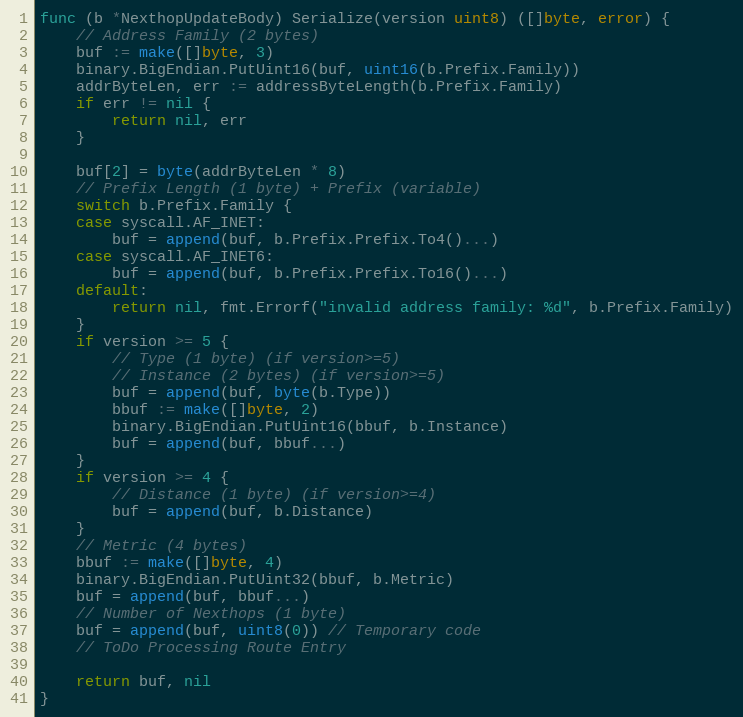
Language: Go
func (b *NexthopUpdateBody) Serialize(version uint8) ([]byte, error) {
	// Address Family (2 bytes)
	buf := make([]byte, 3)
	binary.BigEndian.PutUint16(buf, uint16(b.Prefix.Family))
	addrByteLen, err := addressByteLength(b.Prefix.Family)
	if err != nil {
		return nil, err
	}

	buf[2] = byte(addrByteLen * 8)
	// Prefix Length (1 byte) + Prefix (variable)
	switch b.Prefix.Family {
	case syscall.AF_INET:
		buf = append(buf, b.Prefix.Prefix.To4()...)
	case syscall.AF_INET6:
		buf = append(buf, b.Prefix.Prefix.To16()...)
	default:
		return nil, fmt.Errorf("invalid address family: %d", b.Prefix.Family)
	}
	if version >= 5 {
		// Type (1 byte) (if version>=5)
		// Instance (2 bytes) (if version>=5)
		buf = append(buf, byte(b.Type))
		bbuf := make([]byte, 2)
		binary.BigEndian.PutUint16(bbuf, b.Instance)
		buf = append(buf, bbuf...)
	}
	if version >= 4 {
		// Distance (1 byte) (if version>=4)
		buf = append(buf, b.Distance)
	}
	// Metric (4 bytes)
	bbuf := make([]byte, 4)
	binary.BigEndian.PutUint32(bbuf, b.Metric)
	buf = append(buf, bbuf...)
	// Number of Nexthops (1 byte)
	buf = append(buf, uint8(0)) // Temporary code
	// ToDo Processing Route Entry

	return buf, nil
}